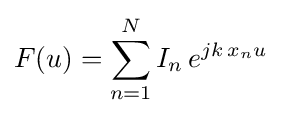
F(u)=\sum _{n=1}^{N}I_{n}\,e^{jk\,x_{n}u}